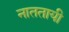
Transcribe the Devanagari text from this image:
नाततायी